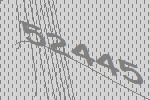
52445